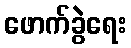
ဖောက်ခွဲရေး